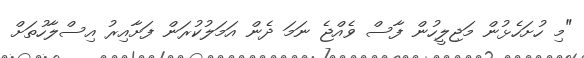
"މި ހުށަހެޅުން މަޖިލީހުން ފާސް ވެއްޖެ ނަމަ ދެން އަމަލުކުރަން ފަށާއިރު އިސްލާހުތަށް